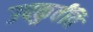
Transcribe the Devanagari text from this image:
उपकुर्वंति